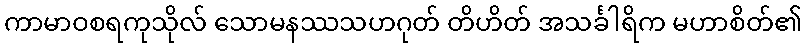
ကာမာဝစရကုသိုလ် သောမနဿသဟဂုတ် တိဟိတ် အသင်္ခါရိက မဟာစိတ်၏